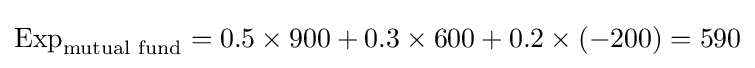
{\mbox{Exp}}_{\text{mutual fund}}=0.5\times 900+0.3\times 600+0.2\times (-200)=590